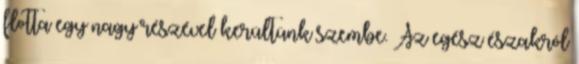
flotta egy nagy részével kerültünk szembe. Az egész északról